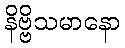
နိဗ္ဗိသမာနော